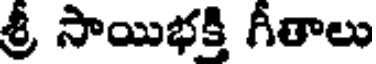
శ్రీ సాయిభక్తి గీతాలు